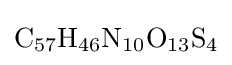
{\mathrm {C} {\vphantom {A}}_{\smash[{t}]{57}}\mathrm {H} {\vphantom {A}}_{\smash[{t}]{46}}\mathrm {N} {\vphantom {A}}_{\smash[{t}]{10}}\mathrm {O} {\vphantom {A}}_{\smash[{t}]{13}}\mathrm {S} {\vphantom {A}}_{\smash[{t}]{4}}}